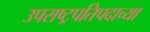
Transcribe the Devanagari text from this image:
उपराष्ट्रपतिपदाच्या